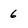
Character: 6